Indian journal of veterinary science and animal husbandry - Volume 9,
Year: 1939
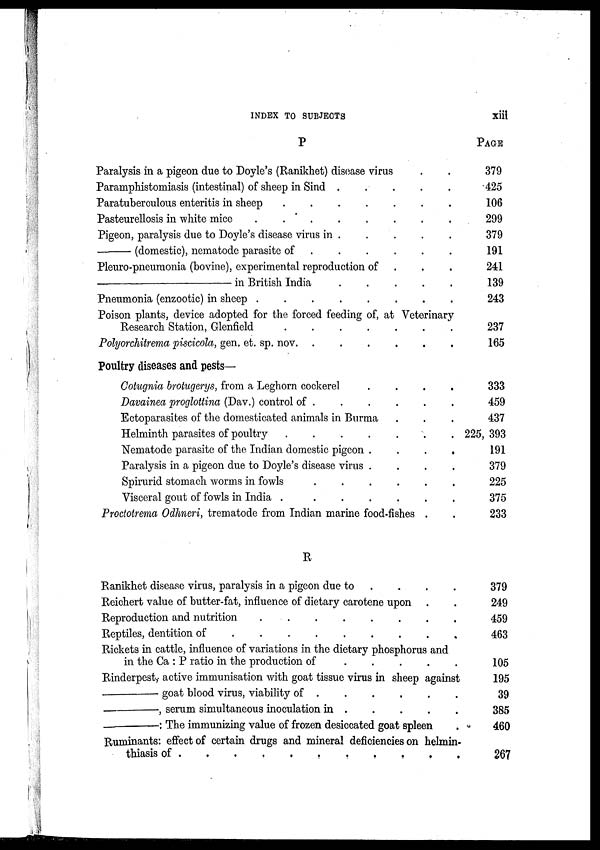
INDEX TO SUBJECTS
xiii
P
Paralysis in a pigeon due to Doyle's (Ranikhet) disease virus . .
Paramphistomiasis (intestinal) of sheep in Sind . . . . .
Paratuberculous enteritis in sheep
.
.
.
.
.
.
.
Pasteurellosis in white mice
.
.
.
.
.
.
.
.
Pigeon, paralysis due to Doyle's disease virus in . . . . .
—
(domestic), nematode parasite of . . . . . .
Pleuro-pneumonia (bovine), experimental reproduction of . . .
—
in British India
.
.
.
.
.
.
Pneumonia (enzootic) in sheep
.
.
.
.
.
.
.
.
Poison plants, device adopted for the forced feeding of, at Veterinary
Research Station, Glenfield
.
.
.
.
.
.
.
Polyorchitrema piscicola, gen. et. sp. nov.
.
.
.
.
.
.
Poultry diseases and pests—
Cotugnia brotugerys, from a Leghorn cockerel
.
.
.
.
Davainea proglottina (Dav.) control of . . . . . .
Ectoparasites of the domesticated animals in Burma . . .
Helminth parasites of poultry
.
.
.
.
.
.
.
Nematode parasite of the Indian domestic pigeon . . . .
Paralysis in a pigeon due to Doyle's disease virus . . . .
Spirurid stomach worms in fowls
.
.
.
.
.
.
Visceral gout of fowls in India .
.
.
.
.
.
.
Procdotrema Odhneri, trematode from Indian marine food-fishes . .
R
Ranikhet disease virus, paralysis in a pigeon due to . . . .
Reichert value of butter-fat, influence of dietary carotene upon . .
Reproduction and nutrition
.
.
.
.
.
.
.
.
Reptiles, dentition of
.
.
.
.
.
.
.
.
.
Rickets in cattle, influence of variations in the dietary phosphorus and
in the Ca : P ratio in the production of . . . . .
Rinderpest, active immunisation with goat tissue virus in sheep against
—
goat blood virus, viability of
.
.
.
.
.
.
—,
serum simultaneous inoculation in . . . . . .
—:
The immunizing value of frozen desiccated goat spleen .
Ruminants: effect of certain drugs and mineral deficiencies on helmin-
thiasis of . . . . . . . . . .
PAGE
379
425
106
299
379
191
241
139
243
237
165
333
459
437
225, 393
191
379
225
375
233
379
249
459
463
105
195
39
385
460
267